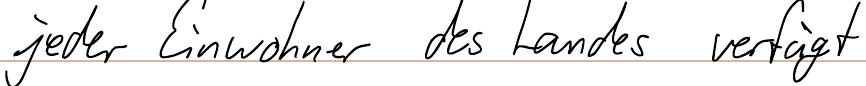
jeder Einwohner des Landes verfügt